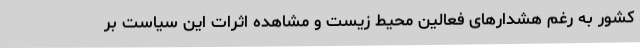
کشور به رغم هشدارهای فعالین محیط زیست و مشاهده اثرات این سیاست بر